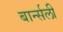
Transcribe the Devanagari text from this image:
बार्न्सली